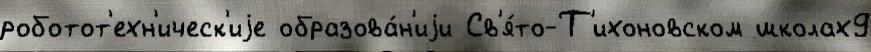
роботот'ехн'ическ'иjе образова́н'иjи Св'я́то-Т'ихоновском школах9